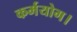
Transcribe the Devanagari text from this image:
कर्मयोग।